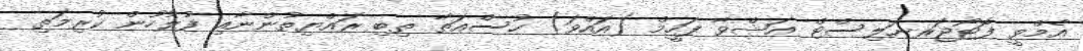
އެމްވީ ފޮޓޯޖަރނަލިސްޓް އަޝްވާ ފަހީމް (އައްވަ) ހުސްއަތާ ތިބި ރައްޔިތުންނާއި ފުލުހުން ކުރިމަތި